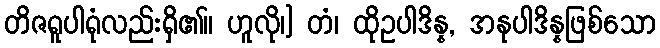
တိဇရူပါရုံလည်းရှိ၏။ ဟူလို၊] တံ၊ ထိုဥပါဒိန္န, အနုပါဒိန္နဖြစ်သော